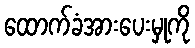
ထောက်ခံအားပေးမှုကို